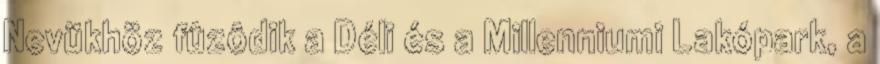
Nevükhöz fûzôdik a Déli és a Millenniumi Lakópark, a